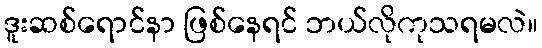
ဒူးဆစ်ရောင်နာ ဖြစ်နေရင် ဘယ်လိုကုသရမလဲ။